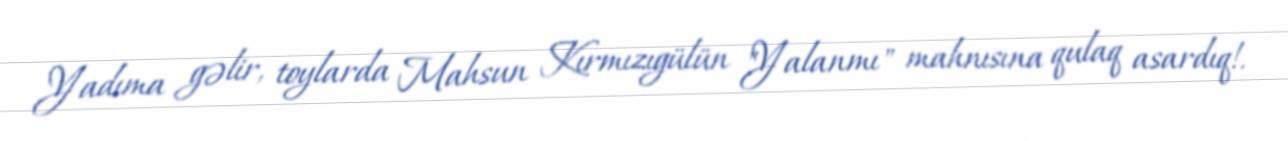
Yadıma gəlir, toylarda Mahsun Kırmızıgülün "Yalanmı" mahnısına qulaq asardıq!.